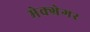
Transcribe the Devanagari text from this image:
मेक्ग्रेगर